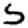
Digit: 5